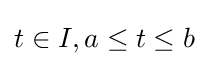
t\in I,a\leq t\leq b